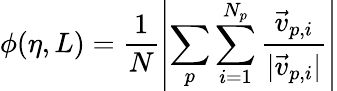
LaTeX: \phi(\eta,L)=\frac{1}{N}\left|\sum_{p}\sum_{i=1}^{N_{p}}\frac{{\vec{v}}_{p,i}}{|{\vec{v}}_{p,i}|}\right|